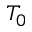
T _ { 0 }